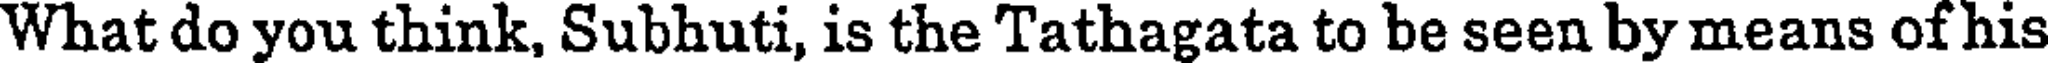
What do you think, Subhuti, is the Tathagata to be seen by means of his